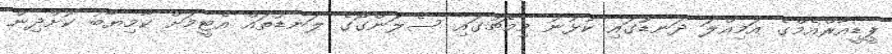
ޕީޑީއާރްއެމްގެ އަމިއްލަ ދަނޑުުގައި ކުޅުނު މިމެޗުގައި ސެލަންގޯގެ ލަނޑުތައް އެޓީމަށް ކާމިޔާބު ކޮށްދިން